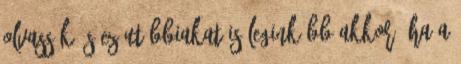
olvassák, s ez utóbbiakat is leginkább akkor, ha a